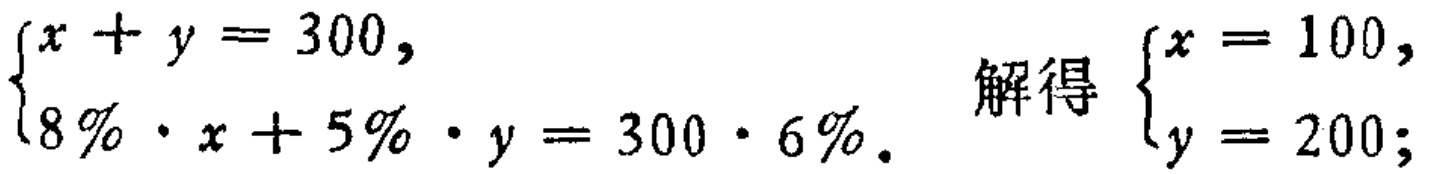
$\begin{cases}
x + y = 300, \\
8\% \cdot x + 5\% \cdot y = 300 \cdot 6\% .
\end{cases}$ 解得 $\begin{cases}
x = 100, \\
y = 200;
\end{cases}$